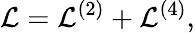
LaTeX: {\cal L}={\cal L}^{(2)}+{\cal L}^{(4)},